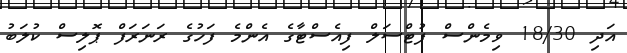
އަދި 18/30 ވިމެންސް ފުޓްސަލް ފިއެސްޓާގެ އެންމެ ފަހުގެ ރަނަރަފް ޕޮލިސް ކުލަބު